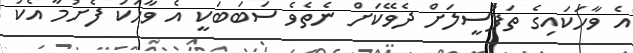
އެ ވާހަކައިގެ ތަފުސީލަށް ދެވޭކަށް ނެތެވެ ސަބަބަކީ އެ ވާހަކަ ފެށުމާ އެކު